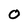
Character: o